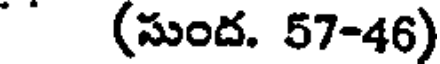
(సుంద. 57-46)